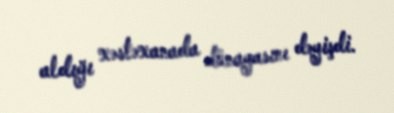
aldığı xəstəxanada dünayasını dəyişdi.